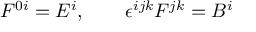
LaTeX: F ^ { 0 i } = E ^ { i } , \qquad \epsilon ^ { i j k } F ^ { j k } = B ^ { i }